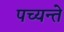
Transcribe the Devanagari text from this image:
पच्यन्ते